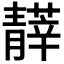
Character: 𩇡